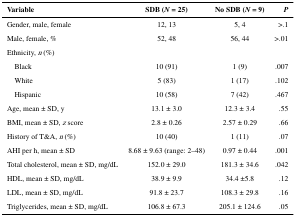
<table><thead><tr><td><b>Variable</b></td><td><b>SDB (<i>N</i> = 25)</b></td><td><b>No SDB (<i>N</i> = 9)</b></td><td><b><i>P</i></b></td></tr></thead><tbody><tr><td>Gender, male, female</td><td>12, 13</td><td>5, 4</td><td>&gt;.1</td></tr><tr><td>Male, female, %</td><td>52, 48</td><td>56, 44</td><td>&gt;.01</td></tr><tr><td colspan="4">Ethnicity, <i>n</i> (%)</td></tr><tr><td> Black</td><td>10 (91)</td><td>1 (9)</td><td>.007</td></tr><tr><td> White</td><td>5 (83)</td><td>1 (17)</td><td>.102</td></tr><tr><td> Hispanic</td><td>10 (58)</td><td>7 (42)</td><td>.467</td></tr><tr><td>Age, mean ± SD, y</td><td>13.1 ± 3.0</td><td>12.3 ± 3.4</td><td>.55</td></tr><tr><td>BMI, mean ± SD, <i>z</i> score</td><td>2.8 ± 0.26</td><td>2.57 ± 0.29</td><td>.66</td></tr><tr><td>History of T&amp;A, <i>n</i> (%)</td><td>10 (40)</td><td>1 (11)</td><td>.07</td></tr><tr><td>AHI per h, mean ± SD</td><td>8.68 ± 9.63 (range: 2–48)</td><td>0.97 ± 0.44</td><td>.001</td></tr><tr><td>Total cholesterol, mean ± SD, mg/dL</td><td>152.0 ± 29.0</td><td>181.3 ± 34.6</td><td>.042</td></tr><tr><td>HDL, mean ± SD, mg/dL</td><td>38.9 ± 9.9</td><td>34.4 ±5.8</td><td>.12</td></tr><tr><td>LDL, mean ± SD, mg/dL</td><td>91.8 ± 23.7</td><td>108.3 ± 29.8</td><td>.16</td></tr><tr><td>Triglycerides, mean ± SD, mg/dL</td><td>106.8 ± 67.3</td><td>205.1 ± 124.6</td><td>.05</td></tr></tbody></table>